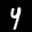
Label: 4